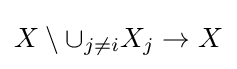
X\setminus \cup _{j\neq i}X_{j}\to X